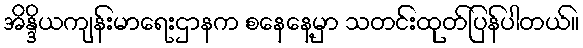
အိန္ဒိယကျန်းမာရေးဌာနက စနေနေ့မှာ သတင်းထုတ်ပြန်ပါတယ်။